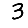
Digit: 3